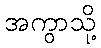
အကွာသို့